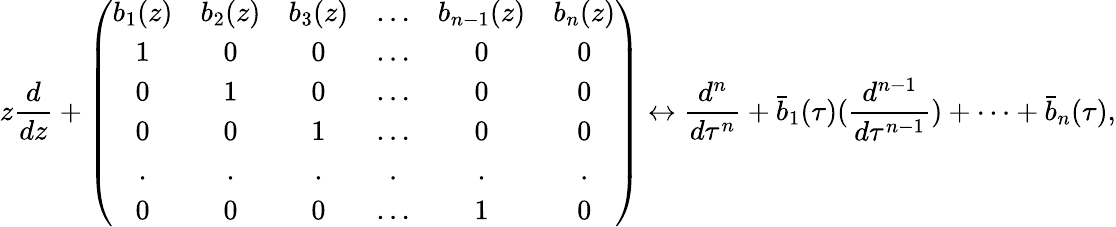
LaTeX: z\frac{d}{dz}+\left(\begin{array}{cccccc}{{b_{1}(z)}}&{{b_{2}(z)}}&{{b_{3}(z)}}&{{\ldots}}&{{b_{n-1}(z)}}&{{b_{n}(z)}}\\ {{1}}&{{0}}&{{0}}&{{\ldots}}&{{0}}&{{0}}\\ {{0}}&{{1}}&{{0}}&{{\ldots}}&{{0}}&{{0}}\\ {{0}}&{{0}}&{{1}}&{{\ldots}}&{{0}}&{{0}}\\ {{.}}&{{.}}&{{.}}&{{.}}&{{.}}&{{.}}\\ {{0}}&{{0}}&{{0}}&{{\ldots}}&{{1}}&{{0}}\end{array}\right)\leftrightarrow\frac{d^{n}}{d\tau^{n}}+\bar{b}_{1}(\tau)(\frac{d^{n-1}}{d\tau^{n-1}})+\cdots+\bar{b}_{n}(\tau),